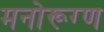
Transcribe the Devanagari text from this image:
मनोरूग्ण